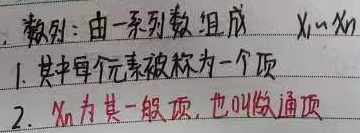
数列：由一系列数组成 \(x_1,x_n\)。
1. 其中每个元素被称为一个项。
2. \(x_n\) 为其一般项，也叫做通项。